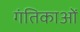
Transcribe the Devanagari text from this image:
गंतिकाओं